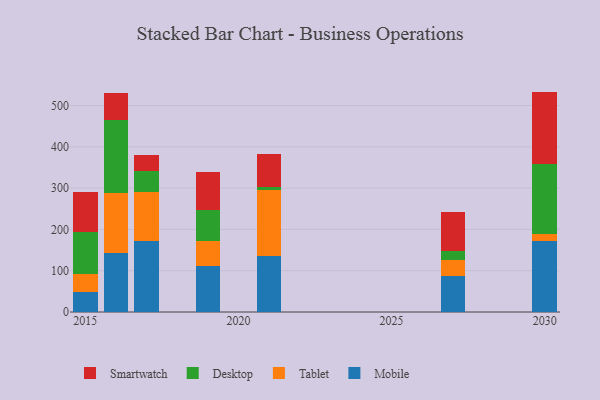
{"axis": {"x": "Year", "y": "Operating Costs (USD K)"}, "legend": ["Desktop", "Mobile", "Smartwatch", "Tablet"], "data": [{"x": "2027", "y": 86.3, "type": "Mobile"}, {"x": "2027", "y": 40.6, "type": "Tablet"}, {"x": "2027", "y": 20.3, "type": "Desktop"}, {"x": "2027", "y": 94.1, "type": "Smartwatch"}, {"x": "2030", "y": 171.1, "type": "Mobile"}, {"x": "2030", "y": 17.4, "type": "Tablet"}, {"x": "2030", "y": 170.3, "type": "Desktop"}, {"x": "2030", "y": 174.9, "type": "Smartwatch"}, {"x": "2016", "y": 142.3, "type": "Mobile"}, {"x": "2016", "y": 146.1, "type": "Tablet"}, {"x": "2016", "y": 177.7, "type": "Desktop"}, {"x": "2016", "y": 63.5, "type": "Smartwatch"}, {"x": "2019", "y": 111.5, "type": "Mobile"}, {"x": "2019", "y": 59.3, "type": "Tablet"}, {"x": "2019", "y": 75.9, "type": "Desktop"}, {"x": "2019", "y": 91.5, "type": "Smartwatch"}, {"x": "2017", "y": 171.7, "type": "Mobile"}, {"x": "2017", "y": 119.2, "type": "Tablet"}, {"x": "2017", "y": 50.4, "type": "Desktop"}, {"x": "2017", "y": 38.9, "type": "Smartwatch"}, {"x": "2021", "y": 135.9, "type": "Mobile"}, {"x": "2021", "y": 159.4, "type": "Tablet"}, {"x": "2021", "y": 7.3, "type": "Desktop"}, {"x": "2021", "y": 79.3, "type": "Smartwatch"}, {"x": "2015", "y": 47.4, "type": "Mobile"}, {"x": "2015", "y": 45.3, "type": "Tablet"}, {"x": "2015", "y": 100.7, "type": "Desktop"}, {"x": "2015", "y": 96.1, "type": "Smartwatch"}]}